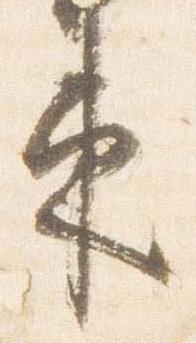
束